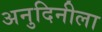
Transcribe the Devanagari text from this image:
अनुदिनीला